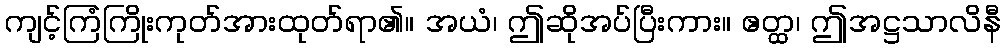
ကျင့်ကြံကြိုးကုတ်အားထုတ်ရာ၏။ အယံ၊ ဤဆိုအပ်ပြီးကား။ ဧတ္ထ၊ ဤအဋ္ဌသာလိနီ